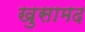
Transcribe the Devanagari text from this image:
खुसामद